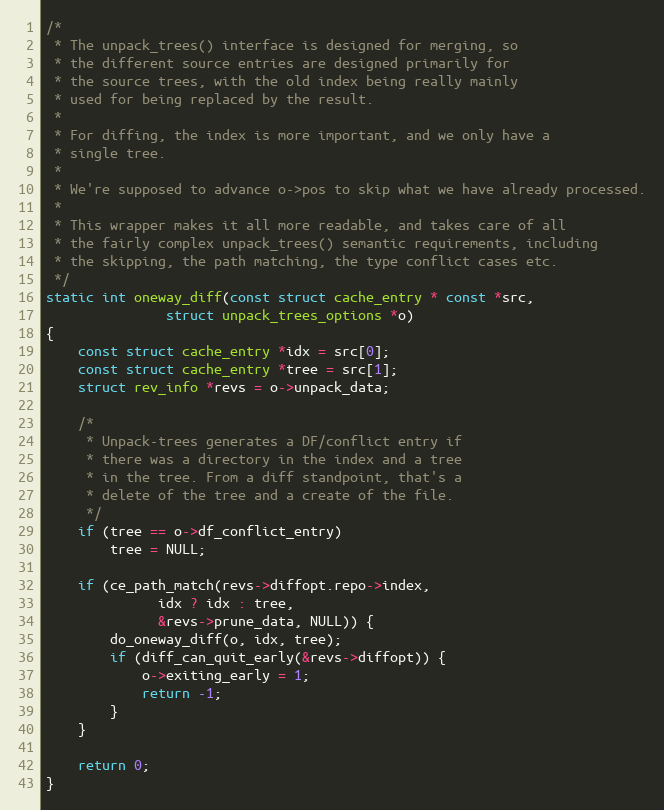
Language: C
/*
 * The unpack_trees() interface is designed for merging, so
 * the different source entries are designed primarily for
 * the source trees, with the old index being really mainly
 * used for being replaced by the result.
 *
 * For diffing, the index is more important, and we only have a
 * single tree.
 *
 * We're supposed to advance o->pos to skip what we have already processed.
 *
 * This wrapper makes it all more readable, and takes care of all
 * the fairly complex unpack_trees() semantic requirements, including
 * the skipping, the path matching, the type conflict cases etc.
 */
static int oneway_diff(const struct cache_entry * const *src,
		       struct unpack_trees_options *o)
{
	const struct cache_entry *idx = src[0];
	const struct cache_entry *tree = src[1];
	struct rev_info *revs = o->unpack_data;

	/*
	 * Unpack-trees generates a DF/conflict entry if
	 * there was a directory in the index and a tree
	 * in the tree. From a diff standpoint, that's a
	 * delete of the tree and a create of the file.
	 */
	if (tree == o->df_conflict_entry)
		tree = NULL;

	if (ce_path_match(revs->diffopt.repo->index,
			  idx ? idx : tree,
			  &revs->prune_data, NULL)) {
		do_oneway_diff(o, idx, tree);
		if (diff_can_quit_early(&revs->diffopt)) {
			o->exiting_early = 1;
			return -1;
		}
	}

	return 0;
}